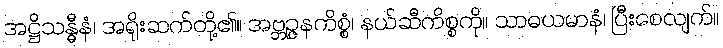
အဋ္ဌိသန္ဓီနံ၊ အရိုးဆက်တို့၏။ အဗ္ဘဉ္ဇနကိစ္စံ၊ နယ်ဆီကိစ္စကို။ သာဓယမာနံ၊ ပြီးစေလျက်။